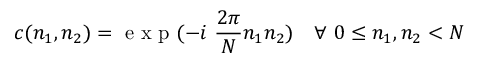
c ( n _ { 1 } , n _ { 2 } ) = \mathrm { ~ e ~ x ~ p ~ } ( - i \ \frac { 2 \pi } { N } n _ { 1 } n _ { 2 } ) \quad \forall \ 0 \leq n _ { 1 } , n _ { 2 } < N